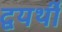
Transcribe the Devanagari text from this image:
द्वयर्थीं